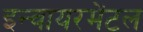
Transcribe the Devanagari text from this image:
इन्वायरमेंटल